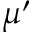
\mu ^ { \prime }